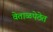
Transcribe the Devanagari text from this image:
वेताळपेठेत